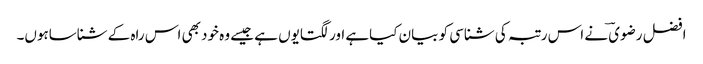
افضل رضوی ؔنے اس رتبہ کی شناسی کو بیان کیاہے اور لگتایوں ہے جیسے وہ خود بھی اس راہ کے شناساہوں۔